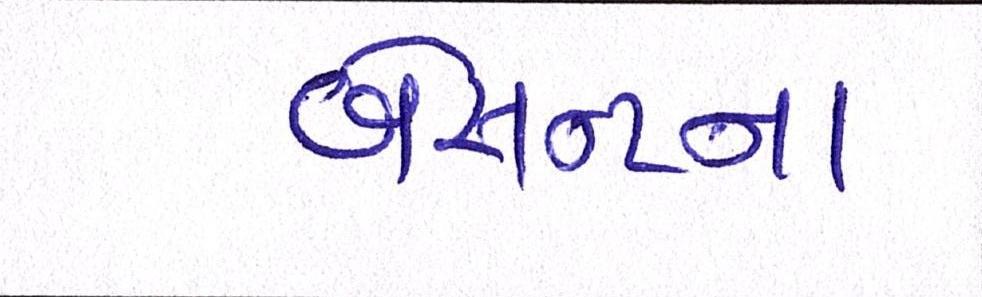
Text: બેસન્ટના